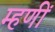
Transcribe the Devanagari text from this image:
म्हणीं